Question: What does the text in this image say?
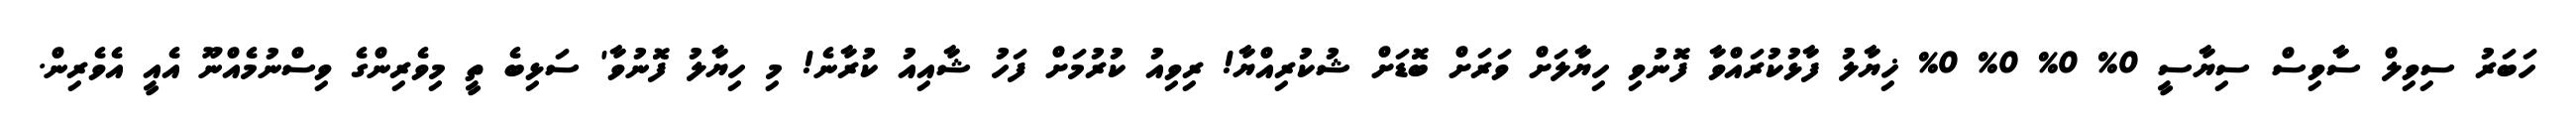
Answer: ހަބަރު ސިވިލް ސާވިސް ސިޔާސީ 0% 0% 0% 0% ޚިޔާލު ފާޅުކުރައްވާ ފޮނުވި ހިޔާލަށް ވަރަށް ބޮޑަށް ޝުކުރިއްޔާ! ރިވިއު ކުރުމަށް ފަހު ޝާއިއު ކުރާނެ! މި ހިޔާލު ފޮނުވާ' ސަޅިބެ ތީ މިވެރިންގެ ވިސްނުމެއްނޫ އެއީ އެވެރިން.